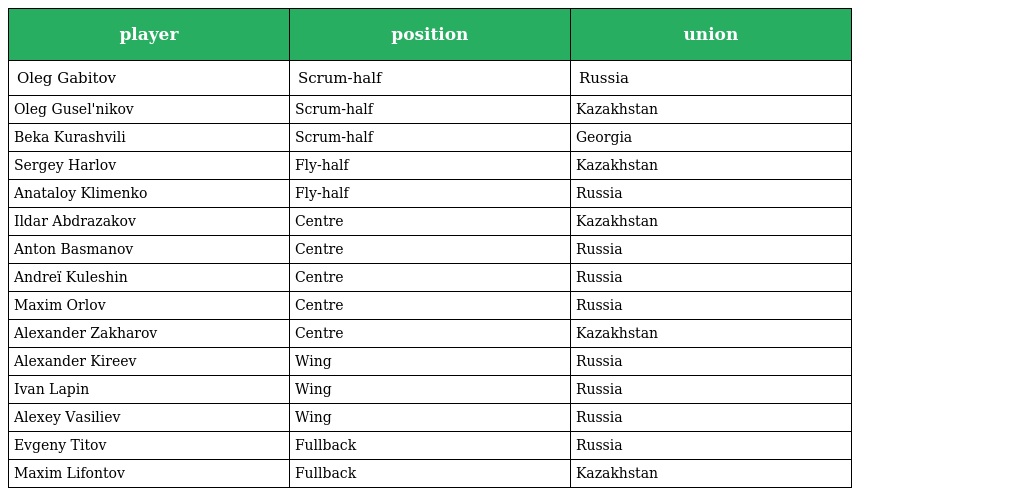
| player | position | union |
 | --- | --- | --- |
 | Oleg Gabitov | Scrum-half | Russia |
 | Oleg Gusel'nikov | Scrum-half | Kazakhstan |
 | Beka Kurashvili | Scrum-half | Georgia |
 | Sergey Harlov | Fly-half | Kazakhstan |
 | Anataloy Klimenko | Fly-half | Russia |
 | Ildar Abdrazakov | Centre | Kazakhstan |
 | Anton Basmanov | Centre | Russia |
 | Andreï Kuleshin | Centre | Russia |
 | Maxim Orlov | Centre | Russia |
 | Alexander Zakharov | Centre | Kazakhstan |
 | Alexander Kireev | Wing | Russia |
 | Ivan Lapin | Wing | Russia |
 | Alexey Vasiliev | Wing | Russia |
 | Evgeny Titov | Fullback | Russia |
 | Maxim Lifontov | Fullback | Kazakhstan |